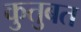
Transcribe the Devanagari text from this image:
कुतुबत